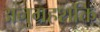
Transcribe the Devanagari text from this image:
अनुग्रहशक्ति